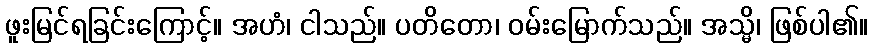
ဖူးမြင်ရခြင်းကြောင့်။ အဟံ၊ ငါသည်။ ပတိတော၊ ဝမ်းမြောက်သည်။ အသ္မိ၊ ဖြစ်ပါ၏။